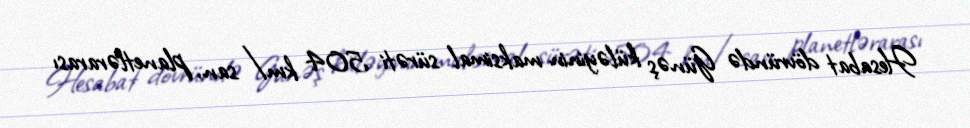
Hesabat dövründə Günəş küləyinin maksimal sürəti 504 km/san, planetlərarası